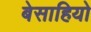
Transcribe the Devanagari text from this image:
बेसाहियो